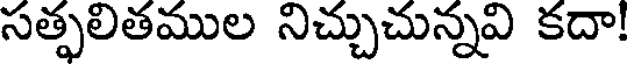
సత్ఫలితముల నిచ్చుచున్నవి కదా!